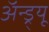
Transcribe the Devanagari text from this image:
अॅन्ड्र्यू